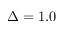
\Delta = 1 . 0